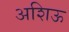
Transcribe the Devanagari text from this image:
अशिऊ